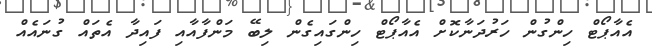
އެއާޕޯޓް ހިންގުން ހަރުދަނާކޮށް އެއާޕޯޓް ހިންގައިގެން ލިބޭ މަންފާއާއި ފައިދާ އެތައް ގުނައެއް